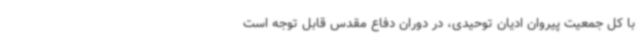
با کل جمعیت پیروان ادیان توحیدی، در دوران دفاع مقدس قابل توجه است